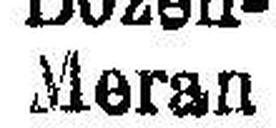
Meran